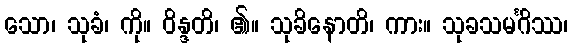
သော၊ သုခံ၊ ကို။ ဝိန္ဒတိ၊ ၏။ သုခိနောတိ၊ ကား။ သုခသမင်္ဂိဿ၊